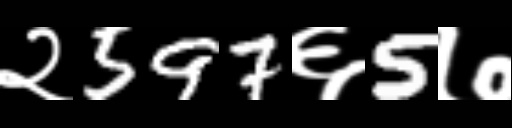
Text: २597६5७